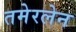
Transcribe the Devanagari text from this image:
तमेरलेन